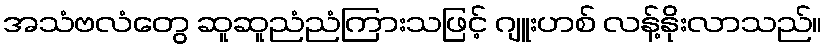
အသံဗလံတွေ ဆူဆူညံညံကြားသဖြင့် ဂျူးဟစ် လန့်နိုးလာသည်။